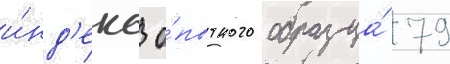
и́нд'екс о́пытного образца́ 79